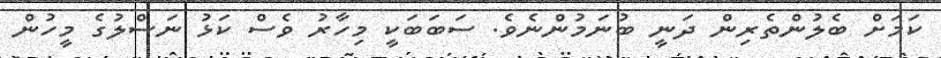
ކަމަށް ބެލުންތެރިން ދަނީ ބުނަމުންނެވެ. ސަބަބަކީ މިހާރު ވެސް ކަޅު ނަސްލުގެ މީހުން